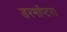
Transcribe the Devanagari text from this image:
डरमॉप्टरा